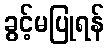
ခွင့်မပြုရန်